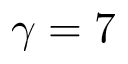
\gamma = 7